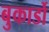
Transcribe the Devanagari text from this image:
बुकार्डो